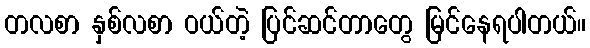
တလစာ နှစ်လစာ ဝယ်တဲ့ ပြင်ဆင်တာတွေ မြင်နေရပါတယ်။